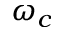
\omega _ { c }